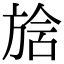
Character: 𣄅